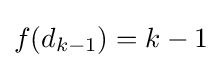
f(d_{k-1})=k-1